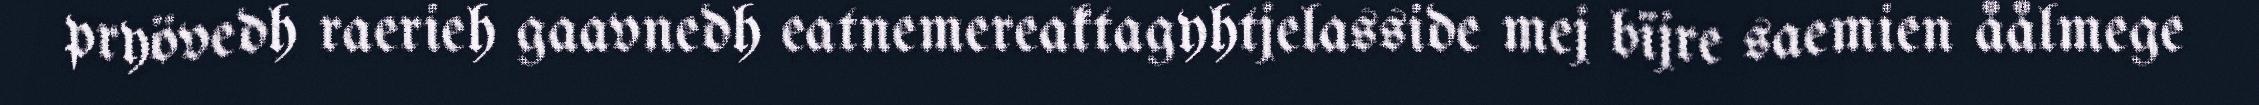
pryövedh raerieh gaavnedh eatnemereaktagyhtjelasside mej bïjre saemien åålmege